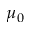
\mu _ { 0 }